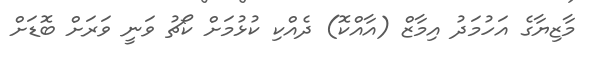
މާޒިޔާގެ އަހުމަދު އިމާޒް (އާއްކޮ) ދެއްކި ކުޅުމަށް ކޯޗު ވަނީ ވަރަށް ބޮޑަށް